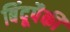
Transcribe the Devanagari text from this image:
बिंदूपैकी